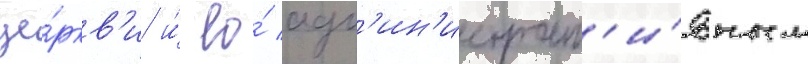
це́ркв'и и́ ео́ адм'ин'истрат'и́вным